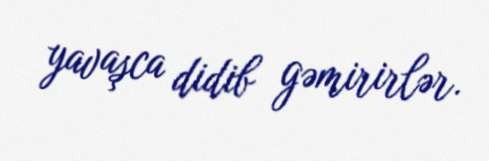
yavaşca didib gəmirirlər.